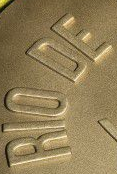
RIODE